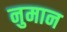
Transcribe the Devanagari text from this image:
नुमान